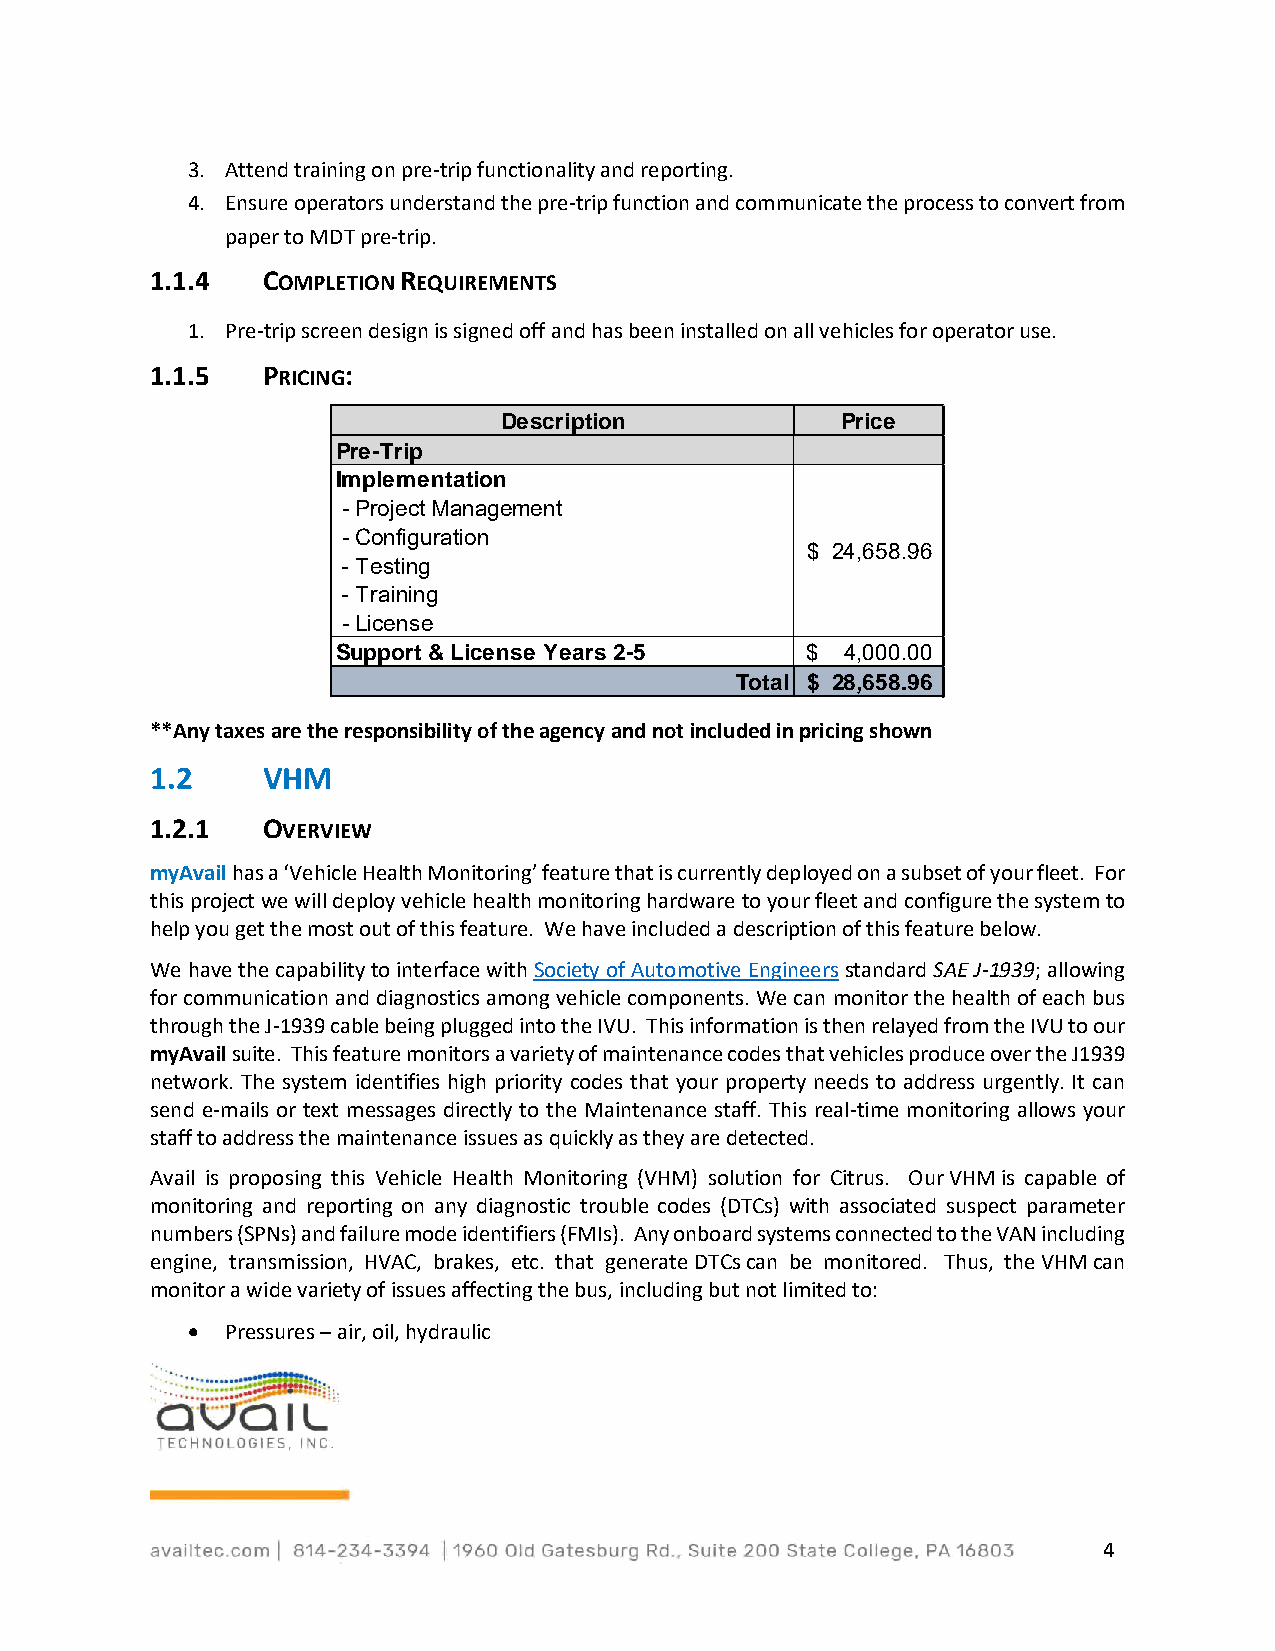
3. Attend training on pre-trip functionality and reporting.
 4. Ensure operators understand the pre-trip function and communicate the process to convert from
 paper to MDT pre-trip.
 1.1.4  COMPLETION REQUIREMENTS
 1. Pre-trip screen design is signed off and has been installed on all vehicles for operator use.
 1.1.5  PRICING:
 **Any taxes are the responsibility of the agency and not included in pricing shown
 1.2    VHM
 1.2.1  OVERVIEW
 myAvail has a ‘Vehicle Health Monitoring’ feature that is currently deployed on a subset of your fleet. For
 this project we will deploy vehicle health monitoring hardware to your fleet and configure the system to
 help you get the most out of this feature. We have included a description of this feature below.
 We have the capability to interface with Society of Automotive Engineers standard SAE J-1939; allowing
 for communication and diagnostics among vehicle components. We can monitor the health of each bus
 through the J-1939 cable being plugged into the IVU. This information is then relayed from the IVU to our
 myAvail suite. This feature monitors a variety of maintenance codes that vehicles produce over the J1939
 network. The system identifies high priority codes that your property needs to address urgently. It can
 send e-mails or text messages directly to the Maintenance staff. This real-time monitoring allows your
 staff to address the maintenance issues as quickly as they are detected.
 Avail is proposing this Vehicle Health Monitoring (VHM) solution for Citrus. Our VHM is capable of
 monitoring and reporting on any diagnostic trouble codes (DTCs) with associated suspect parameter
 numbers (SPNs) and failure mode identifiers (FMIs). Any onboard systems connected to the VAN including
 engine, transmission, HVAC, brakes, etc. that generate DTCs can be monitored. Thus, the VHM can
 monitor a wide variety of issues affecting the bus, including but not limited to:
 •  Pressures – air, oil, hydraulic
 4
 P
 I m
 -
 -
 -
 -
 -S
 r e - T r i p
 p l e m e n
 P r o je c t M
 C o n fig u r
 T e s t in g
 T r a in in g
 L ic e n s eu
 p p o r t &
 D
 t a t i o n
 a n a g e
 a tio n
 L ic e n
 e
 m
 s e
 s
 e
 c
 n
 Y
 r i
 t
 e
 p
 a
 t i o
 r s
 n
 2 - 5
 T o t a l
 $
 $$
 P
 2 4
 4
 2 8
 r ic
 , 6 5
 , 0 0,
 6 5
 e
 8
 08
 . 9
 . 0.
 9
 6
 06